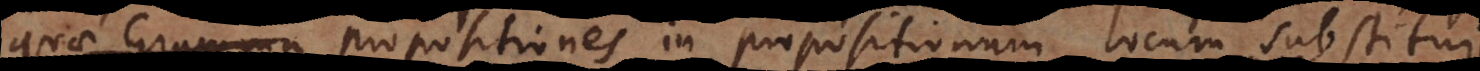
quomodo propositiones in propositionum locum substitui